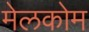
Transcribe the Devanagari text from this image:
मेलकोम